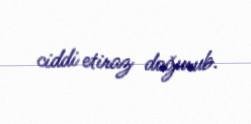
ciddi etiraz doğurub.